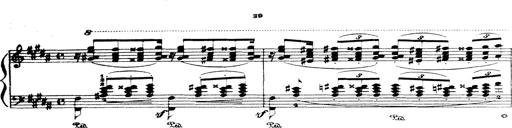
Title: Wagner-Liszt Album
Composer: Franz Liszt